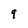
Character: 9